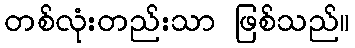
တစ်လုံးတည်းသာ ဖြစ်သည်။